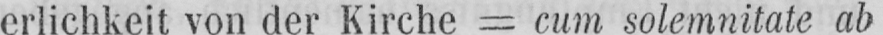
erlichkeit von der Kirche = cum solemnitate ab